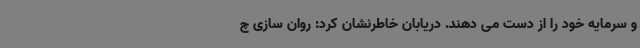
و سرمایه خود را از دست می دهند. دریابان خاطرنشان کرد: روان سازی چ